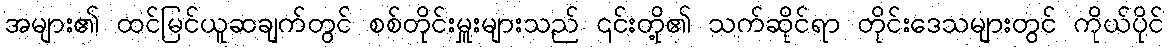
အများ၏ ထင်မြင်ယူဆချက်တွင် စစ်တိုင်းမှူးများသည် ၎င်းတို့၏ သက်ဆိုင်ရာ တိုင်းဒေသများတွင် ကိုယ်ပိုင်